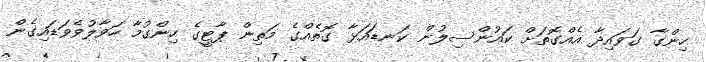
ހިންގާ ގަވައިދާ އެއްގޮތަށް ކައުންސިލުން ކަނޑައަޅާ ގޮތެއްގެ މަތިން ޕާޓީގެ ހިންގުމާ ހަވާލުވެވަޑައިގެން